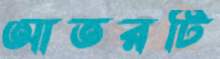
আতরটি